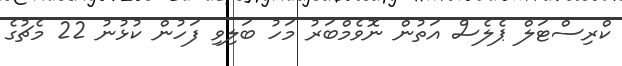
ކްރިސްޓަލް ޕެލެސް އަތުން ނޮވެމްބަރު މަހު ބަލިވި ފަހުން ކުޅުނު 22 މެޗުގެ